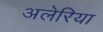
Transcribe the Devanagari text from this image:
अलेरिया